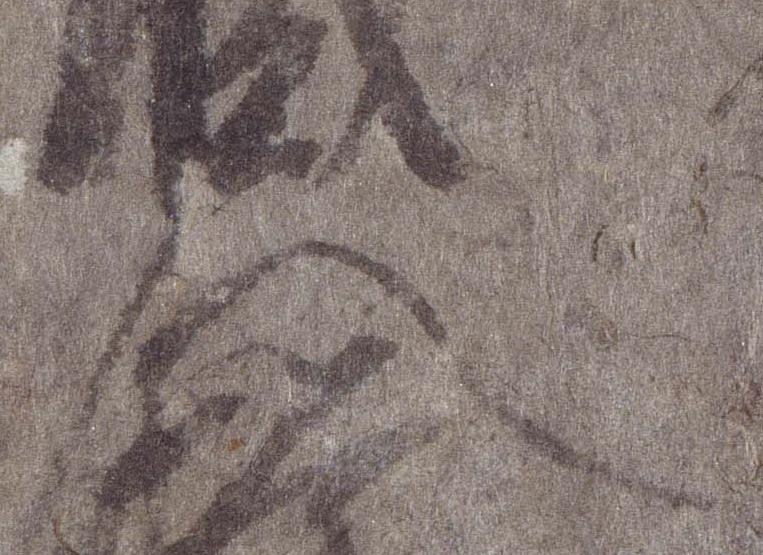
人